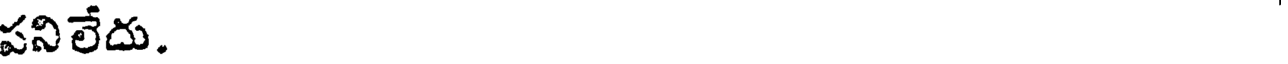
పనిలేదు.